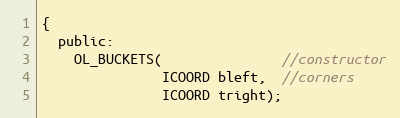
Language: C
{
  public:
    OL_BUCKETS(               //constructor
               ICOORD bleft,  //corners
               ICOORD tright);